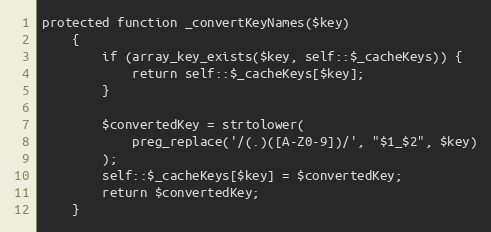
Language: PHP
protected function _convertKeyNames($key)
    {
        if (array_key_exists($key, self::$_cacheKeys)) {
            return self::$_cacheKeys[$key];
        }

        $convertedKey = strtolower(
            preg_replace('/(.)([A-Z0-9])/', "$1_$2", $key)
        );
        self::$_cacheKeys[$key] = $convertedKey;
        return $convertedKey;
    }